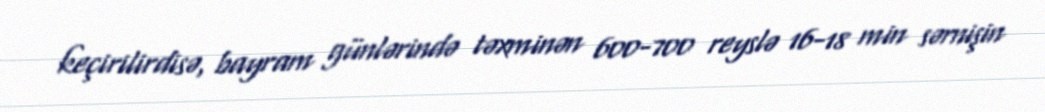
keçirilirdisə, bayram günlərində təxminən 600-700 reyslə 16-18 min sərnişin